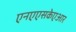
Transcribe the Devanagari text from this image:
एनएएसकेएआर